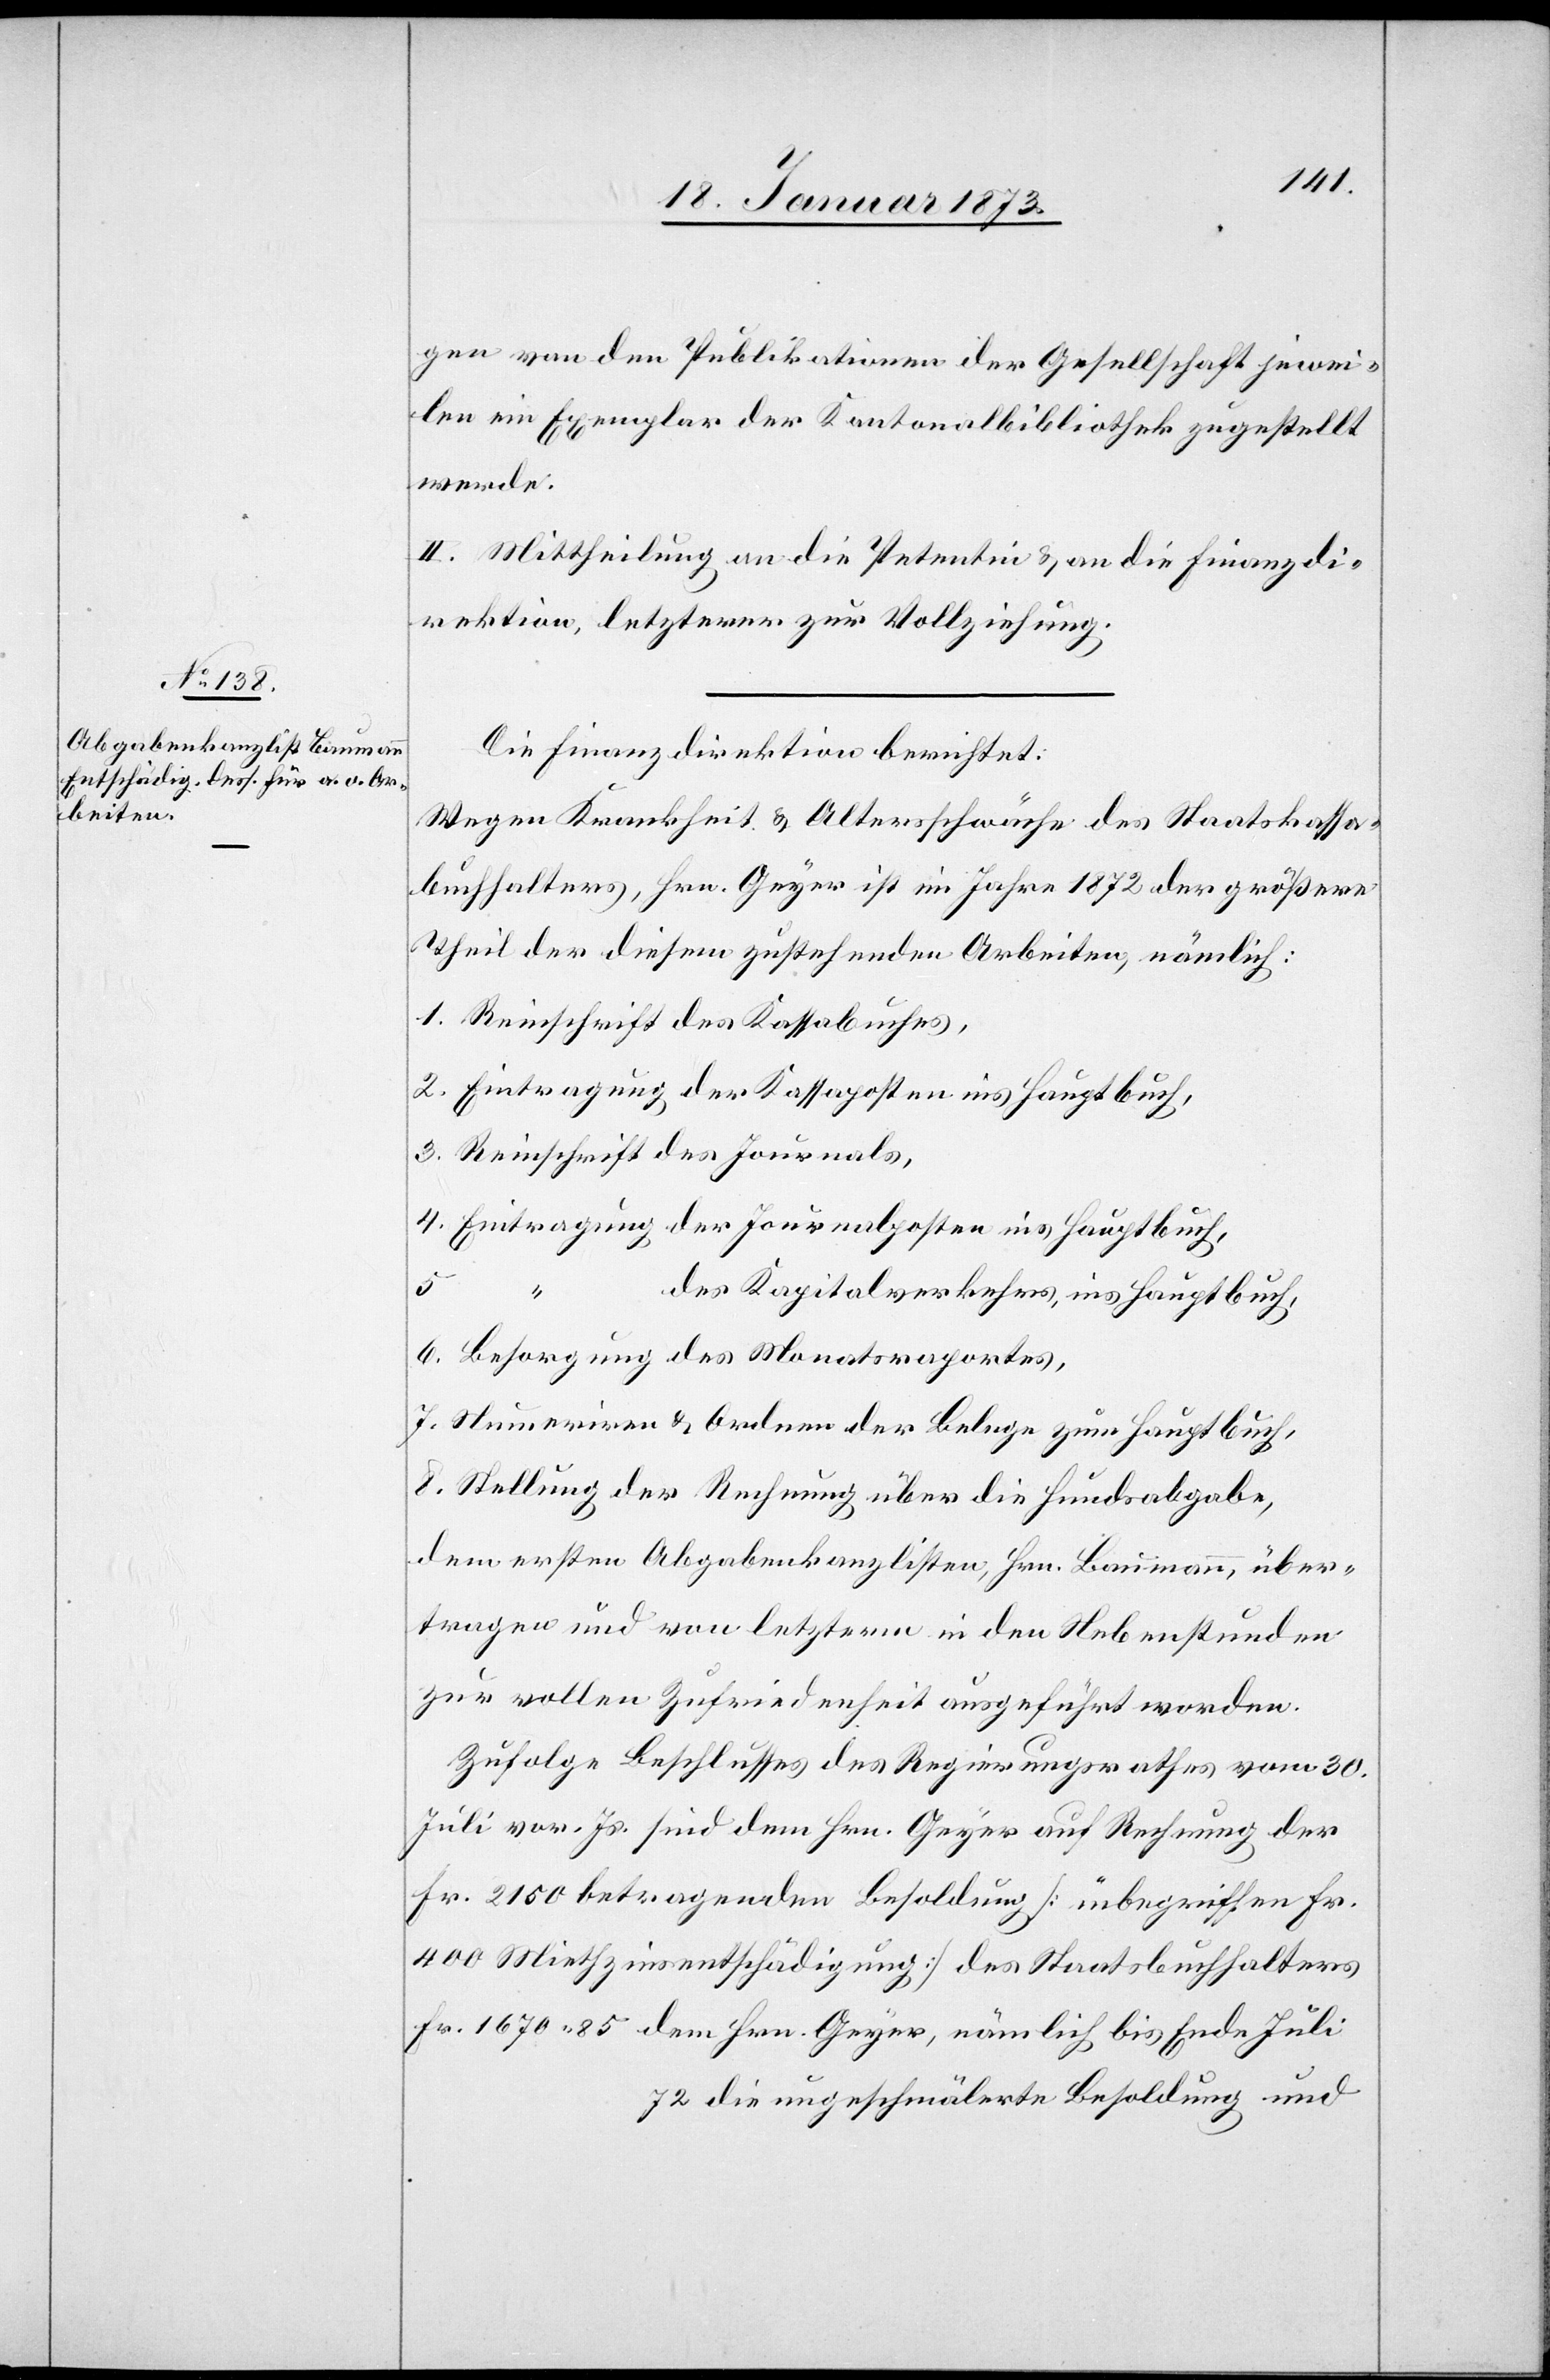
gen von den Publikationen der Gesellschaft jewei¬
len ein Exemplar der Kantonalbibliothek zugestellt
werde.
II. Mittheilung an die Petentin u. an die Finanzdi¬
rektion, letzterer zur Vollziehung.
Die Finanzdirektion berichtet:
Wegen Krankheit u. Altersschwäche des Staatskassa¬
buchhalters, Hrn. Geyer ist im Jahre 1872 der größere
Theil der diesem zustehenden Arbeiten, nämlich:
1. Reinschrift des Kassabuches,
2. Eintragung der Kassaposten ins Hauptbuch,
3. Reinschrift des Journals,
4. Eintragung der Journalposten ins Hauptbuch,
5.
“
des Kapitalverkehrs ins Hauptbuch,
6. Besorgung des Monatsraportes,
7. Numeriren u. Ordnen der Belege zum Hauptbuch,
8. Stellung der Rechnung über die Hundsabgabe,
dem ersten Abgabenkanzlisten, Hrn. Baumann, über¬
tragen und von letzterm in den Nebenstunden
zur vollen Zufriedenheit aufgeführt worden.
Zufolge Beschlusses des Regierungsrathes vom 30.
Juli vor. Js. sind dem Hrn. Geyer auf Rechnung der
Fr. 2150 betragenden Besoldung [inbegriffen Fr.
400 Miethzinsentschädigung] des Staatsbuchhalters
Fr. 1670. 85 dem Hrn. Geyer, nämlich bis Ende Juli
72 die ungeschmälerte Besoldung und